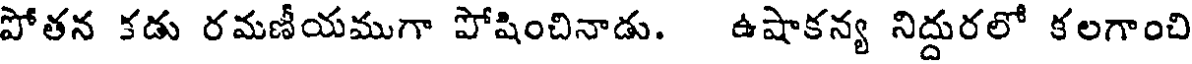
పోతన కడు రమణీయముగా పోషించినాడు. ఉషాకన్య నిద్దురలో కలగాంచి